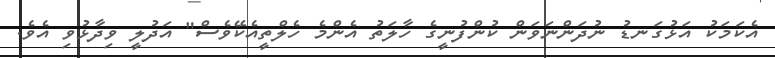
އެކަމަކު އަޅުގަނޑު ނުދަންނަވަން ކުންފުނީގެ ހާލަތު އެންމެ ހެލްތީއެކޭވެސް" އަދުލީ ވިދާޅުވި އެވެ.